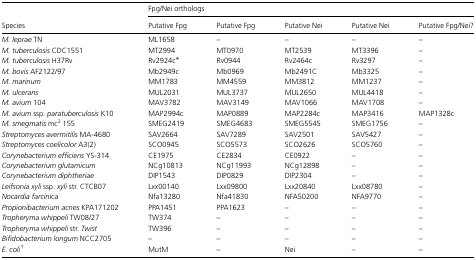
<table><thead><tr><td></td><td colspan="5"><b>Fpg/Nei orthologs</b></td></tr><tr><td><b>Species</b></td><td><b>Putative Fpg</b></td><td><b>Putative Fpg</b></td><td><b>Putative Nei</b></td><td><b>Putative Nei</b></td><td><b>Putative Fpg/Nei?</b></td></tr></thead><tbody><tr><td><i>M. leprae</i> TN</td><td>ML1658</td><td>–</td><td>–</td><td>–</td><td>–</td></tr><tr><td><i>M. tuberculosis</i> CDC1551</td><td>MT2994</td><td>MT0970</td><td>MT2539</td><td>MT3396</td><td>–</td></tr><tr><td><i>M. tuberculosis</i> H37Rv</td><td>Rv2924c*</td><td>Rv0944</td><td>Rv2464c</td><td>Rv3297</td><td>–</td></tr><tr><td><i>M. bovis</i> AF2122/97</td><td>Mb2949c</td><td>Mb0969</td><td>Mb2491C</td><td>Mb3325</td><td>–</td></tr><tr><td><i>M. marinum</i></td><td>MM1783</td><td>MM4559</td><td>MM3812</td><td>MM1237</td><td>–</td></tr><tr><td><i>M. ulcerans</i></td><td>MUL2031</td><td>MUL3737</td><td>MUL2650</td><td>MUL4418</td><td>–</td></tr><tr><td><i>M. avium</i> 104</td><td>MAV3782</td><td>MAV3149</td><td>MAV1066</td><td>MAV1708</td><td>–</td></tr><tr><td><i>M. avium</i> ssp. <i>paratuberculosis</i> K10</td><td>MAP2994c</td><td>MAP0889</td><td>MAP2284c</td><td>MAP3416</td><td>MAP1328c</td></tr><tr><td><i>M. smegmatis</i> mc<sup>2</sup> 155</td><td>SMEG2419</td><td>SMEG4683</td><td>SMEG5545</td><td>SMEG1756</td><td>–</td></tr><tr><td><i>Streptomyces avermitilis</i> MA-4680</td><td>SAV2664</td><td>SAV7289</td><td>SAV2501</td><td>SAV5427</td><td>–</td></tr><tr><td><i>Streptomyces coelicolor</i> A3(2)</td><td>SCO0945</td><td>SCO5573</td><td>SCO2626</td><td>SCO5760</td><td>–</td></tr><tr><td><i>Corynebacterium efficiens</i> YS-314</td><td>CE1975</td><td>CE2834</td><td>CE0922</td><td>–</td><td>–</td></tr><tr><td><i>Corynebacterium glutamicum</i></td><td>NCg10813</td><td>NCg11993</td><td>NCg12898</td><td>–</td><td>–</td></tr><tr><td><i>Corynebacterium diphtheriae</i></td><td>DIP1543</td><td>DIP0829</td><td>DIP2304</td><td>–</td><td>–</td></tr><tr><td><i>Leifsonia xyli</i> ssp. <i>xyli</i> str. CTCB07</td><td>Lxx00140</td><td>Lxx09800</td><td>Lxx20840</td><td>Lxx08780</td><td>–</td></tr><tr><td><i>Nocardia farcinica</i></td><td>Nfa13280</td><td>Nfa41830</td><td>NFA50200</td><td>NFA9770</td><td>–</td></tr><tr><td><i>Propionibacterium acnes</i> KPA171202</td><td>PPA1451</td><td>PPA1623</td><td>–</td><td>–</td><td>–</td></tr><tr><td><i>Tropheryma whippeli</i> TW08/27</td><td>TW374</td><td>–</td><td>–</td><td>–</td><td>–</td></tr><tr><td><i>Tropheryma whippeli</i> str. <i>Twist</i></td><td>TW396</td><td>–</td><td>–</td><td>–</td><td>–</td></tr><tr><td><i>Bifidobacterium longum</i> NCC2705</td><td>–</td><td>–</td><td>–</td><td>–</td><td>–</td></tr><tr><td><i>E. coli</i>†</td><td>MutM</td><td>–</td><td>Nei</td><td>–</td><td>–</td></tr></tbody></table>